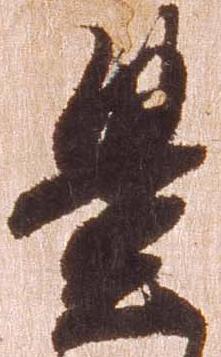
豊